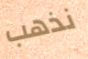
نذهب